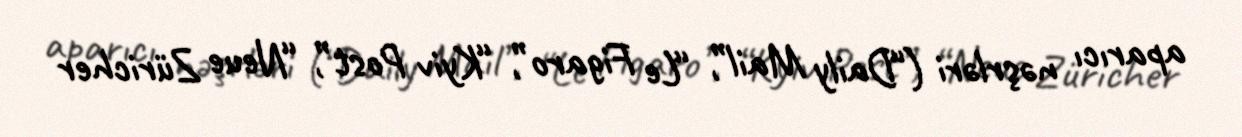
aparıcı nəşrləri (“Daily Mail”, “Le Figaro”, “Kyiv Post”, “Neue Züricher